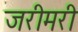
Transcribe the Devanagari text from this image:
जरीमरी